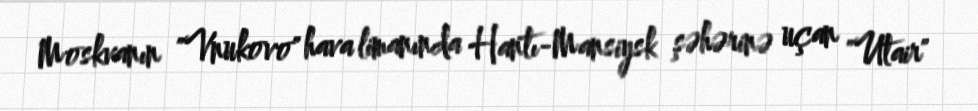
Moskvanın "Vnukovo" hava limanında Hantı-Mansiysk şəhərinə uçan "Utair"